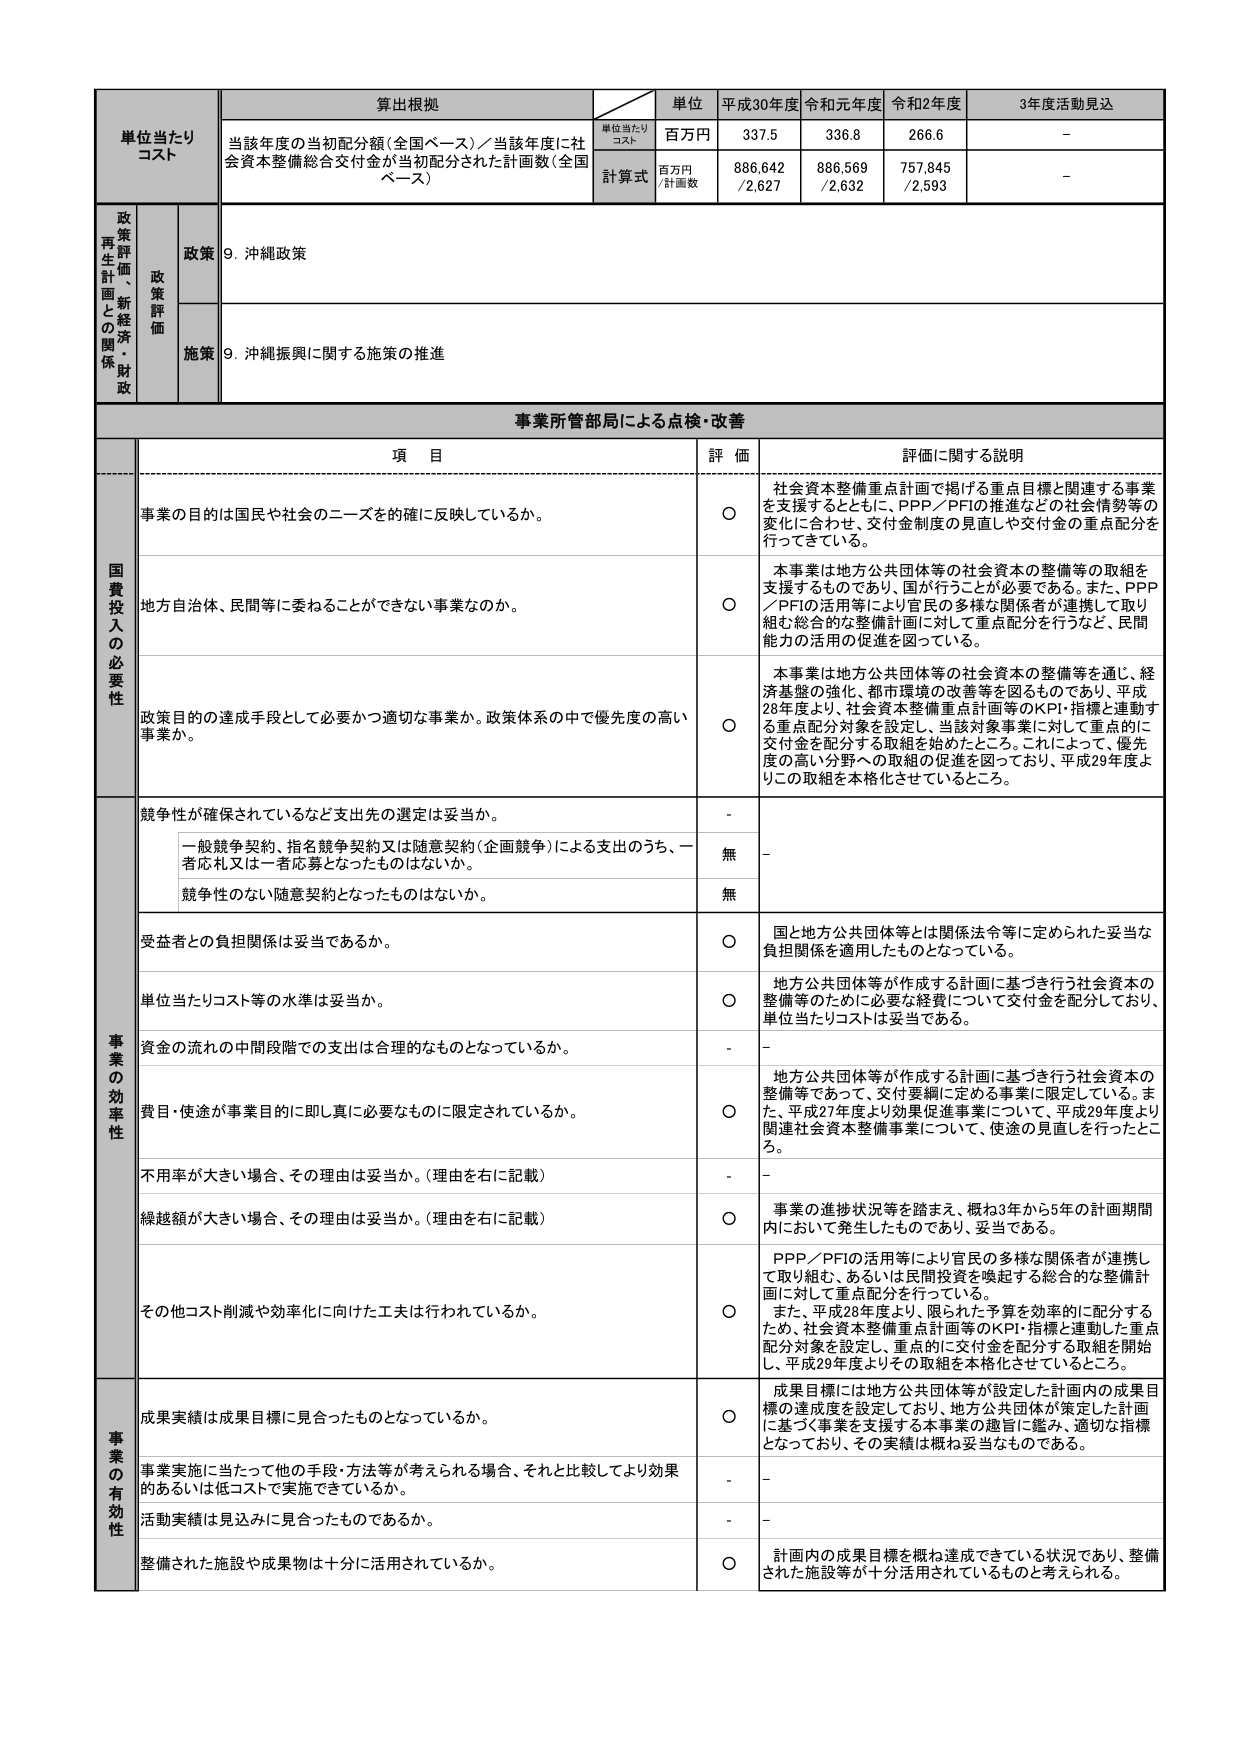
単位当たりコスト
算出根拠
単位
平成30年度
令和元年度
令和2年度
3年度活動見込

当該年度の当初配分額（全国ベース）／当該年度に社会資本整備総合交付金が当初配分された計画数（全国ベース）
単位当たりコスト
百万円
337.5
336.8
266.6
－

計算式
百万円／計画数
886,642／2,627
886,569／2,632
757,845／2,593
－

政策評価・新経済・財政再生計画との関係
政策
9. 沖縄政策

施策
9. 沖縄振興に関する施策の推進

事業所管部局による点検・改善

項 目
評 価
評価に関する説明

国費投入の必要性
事業の目的は国民や社会のニーズを的確に反映しているか。
○
社会資本整備重点計画で掲げる重点目標と関連する事業を支援するとともに、PPP／PFIの推進などの社会情勢等の変化に合わせ、交付金制度の見直しや交付金の重点配分を行ってきている。

地方自治体、民間等に委ねることができない事業なのか。
○
本事業は地方公共団体等の社会資本の整備等の取組を支援するものであり、国が行うことが必要である。また、PPP／PFIの活用等により官民の多様な関係者が連携して取り組む総合的な整備計画に対して重点配分を行うなど、民間能力の活用の促進を図っている。

政策目的の達成手段として必要かつ適切な事業か。政策体系の中で優先度の高い事業か。
○
本事業は地方公共団体等の社会資本の整備等を通じ、経済基盤の強化、都市環境の改善等を図るものであり、平成28年度より、社会資本整備重点計画等のKPI・指標と連動する重点配分対象を設定し、当該対象事業に対して重点的に交付金を配分する取組を始めたところ。これによって、優先度の高い分野への取組の促進を図っており、平成29年度よりこの取組を本格化させているところ。

事業の効率性
競争性が確保されているなど支出先の選定は妥当か。
－
－

一般競争契約、指名競争契約又は随意契約（企画競争）による支出のうち、一者応札又は一者応募となったものはないか。
無
－

競争性のない随意契約となったものはないか。
無

受益者との負担関係は妥当であるか。
○
国と地方公共団体等とは関係法令等に定められた妥当な負担関係を適用したものとなっている。

単位当たりコスト等の水準は妥当か。
○
地方公共団体等が作成する計画に基づき行う社会資本の整備等のために必要な経費について交付金を配分しており、単位当たりコストは妥当である。

資金の流れの中間段階での支出は合理的なものとなっているか。
－
－

費目・使途が事業目的に即し真に必要なものに限定されているか。
○
地方公共団体等が作成する計画に基づき行う社会資本の整備等であって、交付要綱に定める事業に限定している。また、平成27年度より効果促進事業について、平成29年度より関連社会資本整備事業について、使途の見直しを行ったところ。

不用率が大きい場合、その理由は妥当か。（理由を右に記載）
－
－

繰越額が大きい場合、その理由は妥当か。（理由を右に記載）
○
事業の進捗状況等を踏まえ、概ね3年から5年の計画期間内において発生したものであり、妥当である。

その他コスト削減や効率化に向けた工夫は行われているか。
○
PPP／PFIの活用等により官民の多様な関係者が連携して取り組む、あるいは民間投資を喚起する総合的な整備計画に対して重点配分を行っている。また、平成28年度より、限られた予算を効率的に配分するため、社会資本整備重点計画等のKPI・指標と連動した重点配分対象を設定し、重点に交付金を配分する取組を開始し、平成29年度よりその取組を本格化させているところ。

事業の有効性
成果実績は成果目標に見合ったものとなっているか。
○
成果目標には地方公共団体等が設定した計画内の成果目標の達成度を設定しており、地方公共団体が策定した計画に基づく事業を支援する本事業の趣旨に鑑み、適切な指標となっており、その実績は概ね妥当なものである。

事業実施に当たって他の手段・方法等が考えられる場合、それと比較してより効果的あるいは低コストで実施できているか。
－
－

活動実績は見込みに見合ったものであるか。
－
－

整備された施設や成果物は十分に活用されているか。
○
計画内の成果目標を概ね達成できている状況であり、整備された施設等が十分活用されているものと考えられる。